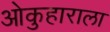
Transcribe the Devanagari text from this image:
ओकुहाराला